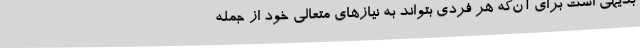
بدیهی است برای آن‌که هر فردی بتواند به نیازهای متعالی خود از جمله